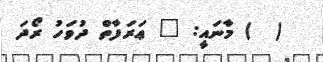
(  ) މާނައީ: " ޢަރަފާތް ދުވަހު ރޯދަ